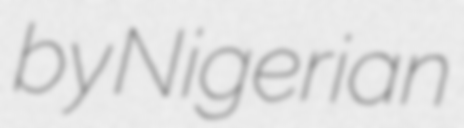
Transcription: by Nigerian